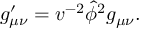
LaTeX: g _ { \mu \nu } ^ { \prime } = v ^ { - 2 } \hat { \phi } ^ { 2 } g _ { \mu \nu } .